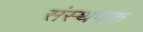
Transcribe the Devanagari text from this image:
संस्थपक